Annual administration and progress report of the Indian Medical Department, Bombay
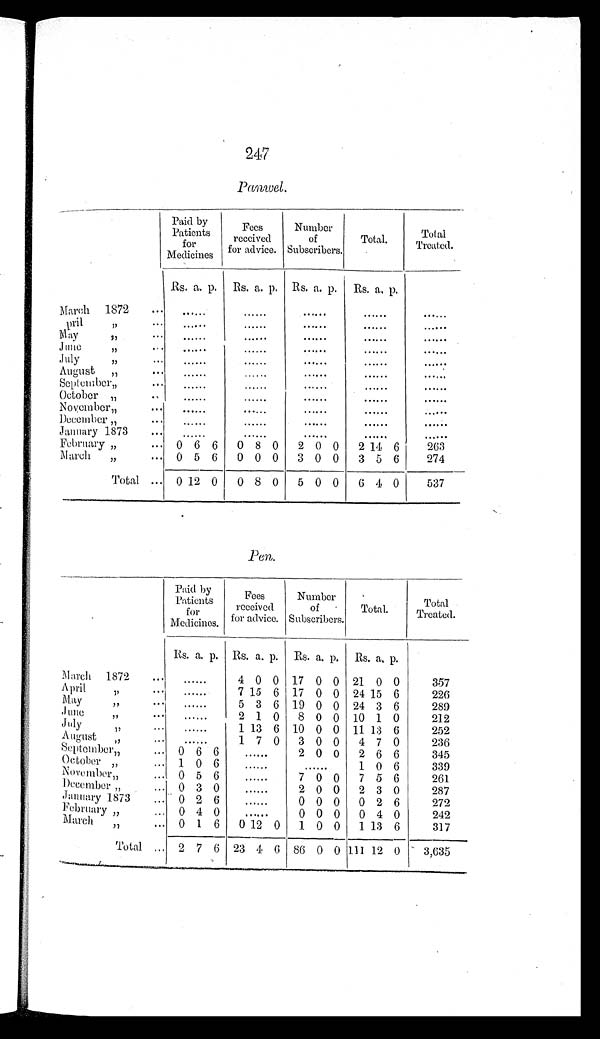
247
Panwel.
Paid by
Patients
for
Medicines
Fees
received
for advice.
Number
of
Subscribers.
Total.
Total
Treated.
Rs. a. p. Rs. a. p. Rs. a. p. Rs. a. p.
March 1872 ... ......
......
. . . . . .
......
......
April " ...
......
......
. . . . . .
......
......
May
" . . .
......
......
. . . . . .
......
......
June
" . . .
......
......
......
......
......
July
" ...
......
......
. . . . . .
. . . . . .
......
August "
.........
......
......
......
. . . . . .
September" ...
......
......
......
......
......
October "
.... . . . . .
......
. . . . . .
......
......
November"
... ......
. . . . . .
......
......
......
December " ...
......
......
......
......
......
January 1873
... ......
......
......
......
......
February "
... 0 6 6 0 8 0 2 0 0 2 14 6
263
March "
... 0 5 6 0 0 0 3 0 0 3 5 6
274
Total ... 0 12 0 0 8 0 5 0 0 6 4 0
537
Pen.
Paid by
Patients
for
Medicines.
Fees
received
for advice.
Number
of
Subscribers.
Total.
Total
Treated.
Rs. a. p. Rs. a. p. Rs. a. p. Rs. a. p.
March 1872 ... ......
4 0 0 17 0 0 21 0 0
357
April
" ...
......
7 15 6 17 0 0 24 15 6
226
May
"
... ......
5 3 6 19 0 0 24 3 6
289
June
"
.........
2 1 0 8 0 0 10 1 0
212
July
"
.........
1 13 6 10 0 0 11 13 6
252
August " ...
......
1 7 0 3 0 0 4 7 0
236
September"
... 0 6 6 ......
2 0 0 2 6 6
345
October "
... 1 0 6 ......
......
1 0 6
339
November"
... 0 5 6 ......
7 0 0 7 5 6
261
December "
... 0 3 0 ......
2 0 0 2 3 0
287
January 1873 ... 0 2 6 ......
0 0 0 0 2 6
272
February "
... 0 4 0 ......
0 0 0 0 4 0
242
March "
... 0 1 6 0 12 0 1 0 0 1 13 6
317
Total . . . 2 7 6 23 4 6 86 0 0 111 12 0 3,635